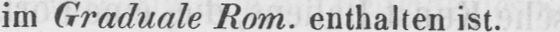
im Graduale Rom. enthalten ist.